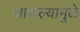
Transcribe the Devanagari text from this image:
आसल्‍यामुळे